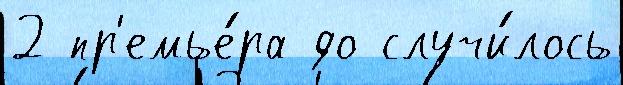
2 пр'емье́ра до случи́лось